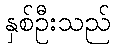
နှစ်ဦးသည်